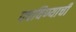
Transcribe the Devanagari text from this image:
पचविण्याची